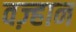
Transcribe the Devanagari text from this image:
वज़्हान